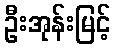
ဦးအုန်းမြင့်